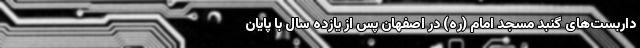
داربست‌های گنبد مسجد امام (ره) در اصفهان پس از یازده سال با پایان